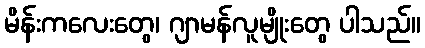
မိန်းကလေးတွေ၊ ဂျာမန်လူမျိုးတွေ ပါသည်။